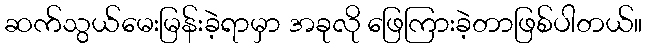
ဆက်သွယ်မေးမြန်းခဲ့ရာမှာ အခုလို ဖြေကြားခဲ့တာဖြစ်ပါတယ်။